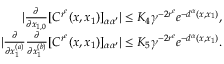
\begin{array} { r l r } & { } & { | \frac { \partial } { \partial { x _ { 1 , 0 } } } [ C ^ { r ^ { e } } ( x , x _ { 1 } ) ] _ { \alpha \alpha ^ { \prime } } | \le K _ { 4 } \gamma ^ { - 2 r ^ { e } } e ^ { - d ^ { \alpha } ( x , x _ { 1 } ) } , } \\ & { } & { | \frac { \partial } { \partial { x _ { 1 } ^ { ( a ) } } } \frac { \partial } { \partial { x _ { 1 } ^ { ( b ) } } } [ C ^ { r ^ { e } } ( x , x _ { 1 } ) ] _ { \alpha \alpha ^ { \prime } } | \le K _ { 5 } \gamma ^ { - 2 r ^ { e } } e ^ { - d ^ { \alpha } ( x , x _ { 1 } ) } . } \end{array}